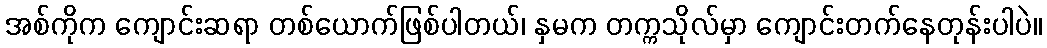
အစ်ကိုက ကျောင်းဆရာ တစ်ယောက်ဖြစ်ပါတယ်၊ နှမက တက္ကသိုလ်မှာ ကျောင်းတက်နေတုန်းပါပဲ။